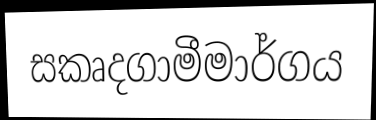
සකෘදගාමීමාර්ගය